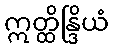
ဣတ္ထိန္ဒြိယံ